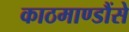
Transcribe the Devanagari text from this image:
काठमाण्डौंसे